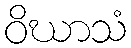
ဝိဃာသံ